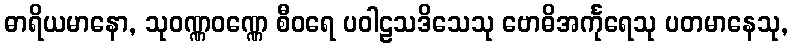
ဓာရိယမာနော, သုဝဏ္ဏဝဏ္ဏေ စီဝရေ ပဝါဠသဒိသေသု ဗောဓိအင်္ကုရေသု ပတမာနေသု,